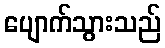
ပျောက်သွားသည်